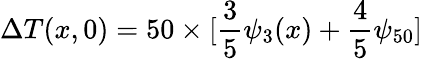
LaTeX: \Delta T(x,0)=50\times[\frac{3}{5}\psi_{3}(x)+\frac{4}{5}\psi_{50}]